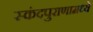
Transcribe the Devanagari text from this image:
स्कंदपुराणामध्ये